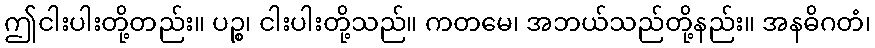
ဤငါးပါးတို့တည်း။ ပဉ္စ၊ ငါးပါးတို့သည်။ ကတမေ၊ အဘယ်သည်တို့နည်း။ အနဓိဂတံ၊